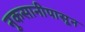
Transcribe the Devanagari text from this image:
नुकसानीपासून